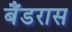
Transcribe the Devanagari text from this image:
बैंडरास